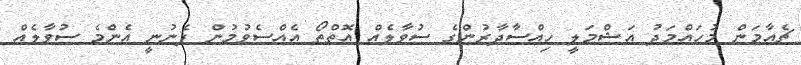
ޗެއާމަން މުހައްމަދު އަޝްމަލީ ހިއްސާދާރުންގެ ސުވާލެއް އޮތްތޯ އެއްސެވުމުން ފެނުނީ އެންމެ ސުވާލެއް